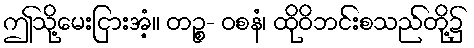
ဤသို့မေးငြားအံ့။ တဉ္စ- ဝစနံ၊ ထိုဝိဘင်းစသည်တို့၌